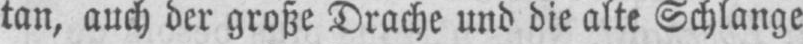
tan, auch der große Drache und die alte Schlange